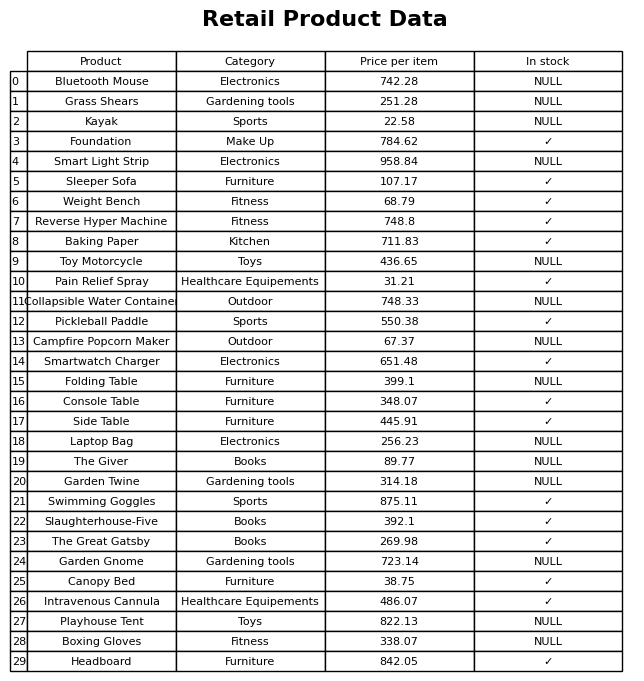
question: Is the Pain Relief Spray in stock?
answer: ✓